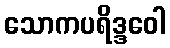
သောကပရိဒ္ဒဝေါ